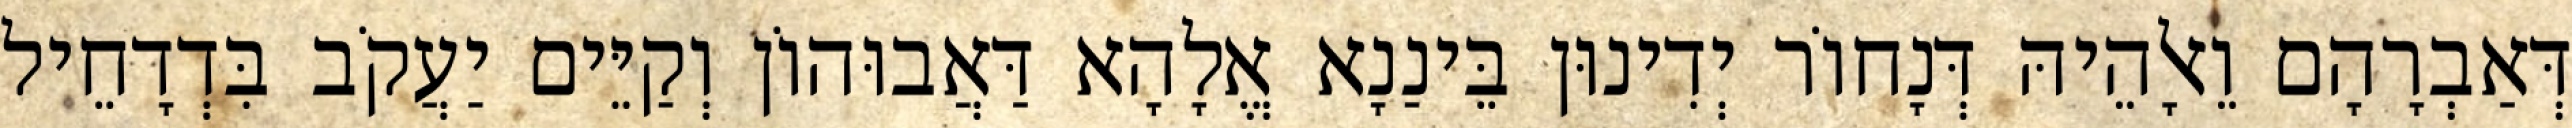
דְּאַבְרָהָם וֵאלָהֵיהּ דְּנָחוֹר יְדִינוּן בֵּינַנָא אֱלָהָא דַּאֲבוּהוֹן וְקַיֵּים יַעֲקֹב בִּדְדָחֵיל